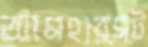
আমহার্স্ট